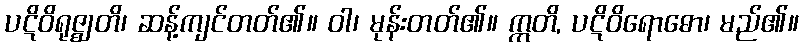
ပဋိဝိရုဇ္ဈတိ၊ ဆန့်ကျင်တတ်၏။ ဝါ၊ မုန်းတတ်၏။ ဣတိ, ပဋိဝိရောဓော၊ မည်၏။